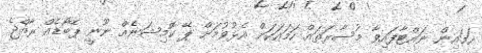
ހަމައިން ނައްޓާފައިވާ މުސާރަތައް ހަމައަކަށް އެޅުވުމަށް ޕޭ ކޮމިޝަނެއް ނޫނީ ޕޭބޯޑެއް ރާއްޖެ